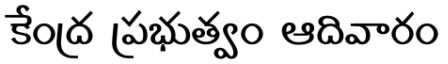
కేంద్ర ప్రభుత్వం ఆదివారం